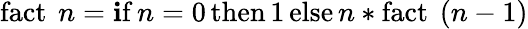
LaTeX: \operatorname{fact}\ n=\operatorname{\mathbf{i}f}n=0\operatorname{then}1\operatorname{else}n*\operatorname{fact}\ (n-1)